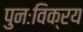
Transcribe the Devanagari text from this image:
पुनःविक्रय